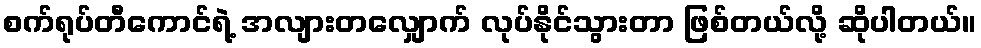
စက်ရုပ်တီကောင်ရဲ့ အလျားတလျှောက် လုပ်နိုင်သွားတာ ဖြစ်တယ်လို့ ဆိုပါတယ်။